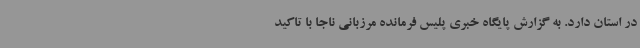
در استان دارد. به گزارش پایگاه خبری پلیس فرمانده مرزبانی ناجا با تاکید